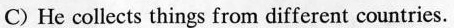
C) He collects things from different countries.